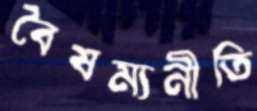
বৈষম্যনীতি